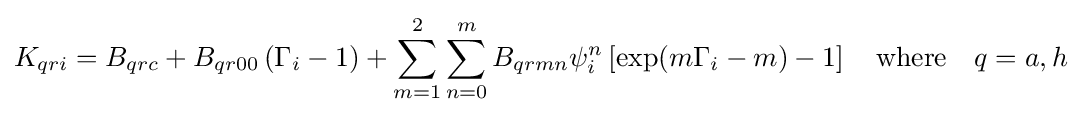
K_{qri}=B_{qrc}+B_{qr00}\left(\Gamma _{i}-1\right)+\sum _{m=1}^{2}\sum _{n=0}^{m}B_{qrmn}\psi _{i}^{n}\left[\exp(m\Gamma _{i}-m)-1\right]\quad {\text{where}}\quad q=a,h